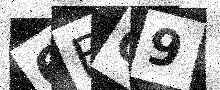
Text: 6BQ9